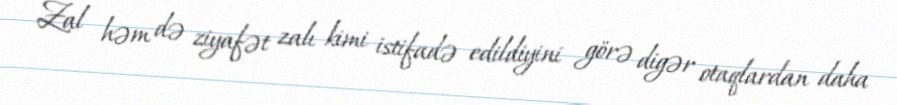
Zal həm də ziyafət zalı kimi istifadə edildiyini görə digər otaqlardan daha